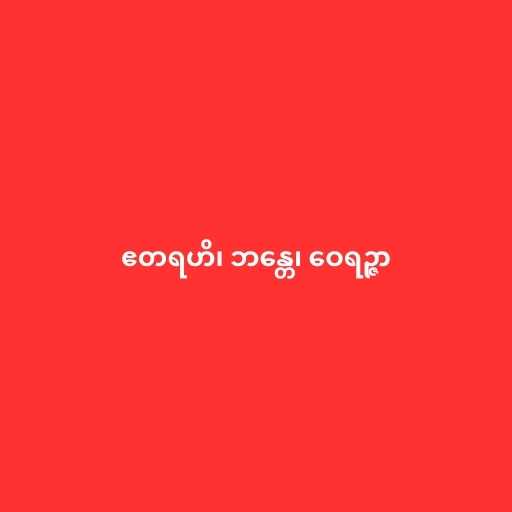
ဧတရဟိ၊ ဘန္တေ၊ ဝေရဉ္ဇာ